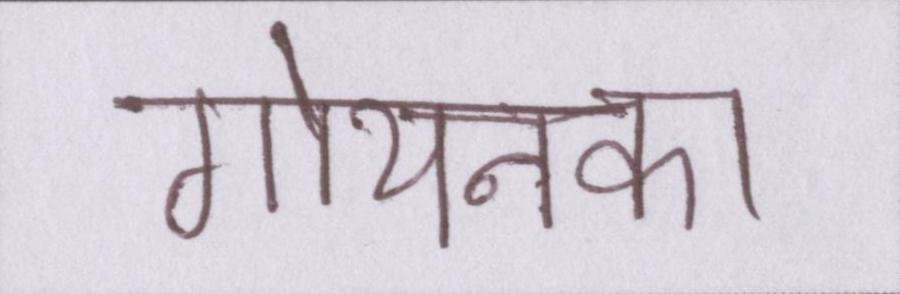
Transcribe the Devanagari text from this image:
गोयनका